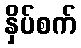
နှိပ်စက်